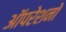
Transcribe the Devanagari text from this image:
ऑपरेशनो